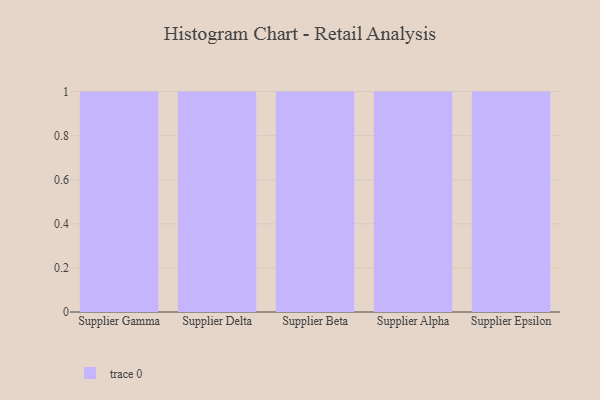
{"axis": {"x": "Supplier", "y": "Temperature (°C)"}, "legend": [""], "data": [{"x": "Supplier Gamma", "y": 15, "type": ""}, {"x": "Supplier Delta", "y": 93, "type": ""}, {"x": "Supplier Beta", "y": 46, "type": ""}, {"x": "Supplier Alpha", "y": 97, "type": ""}, {"x": "Supplier Epsilon", "y": 23, "type": ""}]}